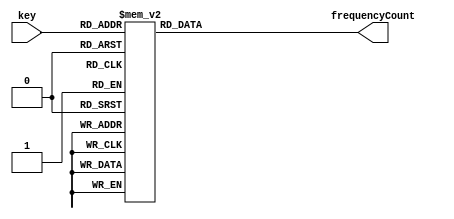
module keyNoteFrequency # (
	parameter CLOCK_FREQUENCY = 50000000
)(
	input [6:0] key,
	output [20:0] frequencyCount
);

	reg [20:0] freqReg;

	always @ (key) begin
		case (key)
			7'd1: begin
				freqReg <= CLOCK_FREQUENCY / 27.5;
			end
			7'd2: begin
				freqReg <= CLOCK_FREQUENCY / 29.1353;
			end
			7'd3: begin	
				freqReg <= CLOCK_FREQUENCY / 30.8677;
			end
			7'd4: begin
				freqReg <= CLOCK_FREQUENCY / 32.7032;
			end
			7'd5: begin
				freqReg <= CLOCK_FREQUENCY / 34.6479;
			end
			7'd6: begin
				freqReg <= CLOCK_FREQUENCY / 36.7081;
			end
			7'd7: begin
				freqReg <= CLOCK_FREQUENCY / 38.8909;
			end
			7'd8: begin
				freqReg <= CLOCK_FREQUENCY / 41.2035;
			end
			7'd9: begin
				freqReg <= CLOCK_FREQUENCY / 43.6536;
			end
			7'd10: begin
				freqReg <= CLOCK_FREQUENCY / 46.2493;
			end
			7'd11: begin
				freqReg <= CLOCK_FREQUENCY / 48.9995;
			end
			7'd12: begin
				freqReg <= CLOCK_FREQUENCY / 51.913;
			end
			7'd13: begin
				freqReg <= CLOCK_FREQUENCY / 55;
			end
			7'd14: begin
				freqReg <= CLOCK_FREQUENCY / 58.2705;
			end
			7'd15: begin
				freqReg <= CLOCK_FREQUENCY / 61.7354;
			end
			7'd16: begin
				freqReg <= CLOCK_FREQUENCY / 65.4064;
			end
			7'd17: begin
				freqReg <= CLOCK_FREQUENCY / 69.2957;
			end
			7'd18: begin
				freqReg <= CLOCK_FREQUENCY / 73.4162;
			end
			7'd19: begin
				freqReg <= CLOCK_FREQUENCY / 77.7817;
			end
			7'd20: begin
				freqReg <= CLOCK_FREQUENCY / 82.4069;
			end
			7'd21: begin
				freqReg <= CLOCK_FREQUENCY / 87.3071;
			end
			7'd22: begin
				freqReg <= CLOCK_FREQUENCY / 92.4986;
			end
			7'd23: begin
				freqReg <= CLOCK_FREQUENCY / 97.9989;
			end
			7'd24: begin
				freqReg <= CLOCK_FREQUENCY / 103.826;
			end
			7'd25: begin
				freqReg <= CLOCK_FREQUENCY / 110;
			end
			7'd26: begin
				freqReg <= CLOCK_FREQUENCY / 116.541;
			end
			7'd27: begin
				freqReg <= CLOCK_FREQUENCY / 123.471;
			end
			7'd28: begin
				freqReg <= CLOCK_FREQUENCY / 130.813;
			end
			7'd29: begin
				freqReg <= CLOCK_FREQUENCY / 138.591;
			end
			7'd30: begin
				freqReg <= CLOCK_FREQUENCY / 146.832;
			end
			7'd31: begin
				freqReg <= CLOCK_FREQUENCY / 155.563;
			end
			7'd32: begin
				freqReg <= CLOCK_FREQUENCY / 164.814;
			end
			7'd33: begin
				freqReg <= CLOCK_FREQUENCY / 174.614;
			end
			7'd34: begin
				freqReg <= CLOCK_FREQUENCY / 184.997;
			end
			7'd35: begin
				freqReg <= CLOCK_FREQUENCY / 195.998;
			end
			7'd36: begin
				freqReg <= CLOCK_FREQUENCY / 207.652;
			end
			7'd37: begin
				freqReg <= CLOCK_FREQUENCY / 220;
			end
			7'd38: begin
				freqReg <= CLOCK_FREQUENCY / 233.082;
			end
			7'd39: begin
				freqReg <= CLOCK_FREQUENCY / 246.942;
			end
			7'd40: begin
				freqReg <= CLOCK_FREQUENCY / 261.626;
			end
			7'd41: begin
				freqReg <= CLOCK_FREQUENCY / 277.183;
			end
			7'd42: begin
				freqReg <= CLOCK_FREQUENCY / 293.665;
			end
			7'd43: begin
				freqReg <= CLOCK_FREQUENCY / 311.127;
			end
			7'd44: begin
				freqReg <= CLOCK_FREQUENCY / 329.628;
			end
			7'd45: begin
				freqReg <= CLOCK_FREQUENCY / 349.228;
			end
			7'd46: begin
				freqReg <= CLOCK_FREQUENCY / 369.994;
			end
			7'd47: begin
				freqReg <= CLOCK_FREQUENCY / 391.995;
			end
			7'd48: begin
				freqReg <= CLOCK_FREQUENCY / 415.305;
			end
			7'd49: begin
				freqReg <= CLOCK_FREQUENCY / 440;
			end
			7'd50: begin
				freqReg <= CLOCK_FREQUENCY / 466.164;
			end
			7'd51: begin
				freqReg <= CLOCK_FREQUENCY / 493.883;
			end
			7'd52: begin
				freqReg <= CLOCK_FREQUENCY / 523.251;
			end
			7'd53: begin
				freqReg <= CLOCK_FREQUENCY / 554.365;
			end
			7'd54: begin
				freqReg <= CLOCK_FREQUENCY / 587.33;
			end
			7'd55: begin
				freqReg <= CLOCK_FREQUENCY / 622.254;
			end
			7'd56: begin
				freqReg <= CLOCK_FREQUENCY / 659.255;
			end
			7'd57: begin
				freqReg <= CLOCK_FREQUENCY / 698.456;
			end
			7'd58: begin
				freqReg <= CLOCK_FREQUENCY / 739.989;
			end
			7'd59: begin
				freqReg <= CLOCK_FREQUENCY / 783.991;
			end
			7'd60: begin
				freqReg <= CLOCK_FREQUENCY / 830.609;
			end
			7'd61: begin
				freqReg <= CLOCK_FREQUENCY / 880;
			end
			7'd62: begin
				freqReg <= CLOCK_FREQUENCY / 932.328;
			end
			7'd63: begin
				freqReg <= CLOCK_FREQUENCY / 987.767;
			end
			7'd64: begin
				freqReg <= CLOCK_FREQUENCY / 1046.5;
			end
			7'd65: begin
				freqReg <= CLOCK_FREQUENCY / 1108.73;
			end
			7'd66: begin
				freqReg <= CLOCK_FREQUENCY / 1174.66;
			end
			7'd67: begin
				freqReg <= CLOCK_FREQUENCY / 1244.51;
			end
			7'd68: begin
				freqReg <= CLOCK_FREQUENCY / 1318.51;
			end
			7'd69: begin
				freqReg <= CLOCK_FREQUENCY / 1396.91;
			end
			7'd70: begin
				freqReg <= CLOCK_FREQUENCY / 1479.98;
			end
			7'd71: begin
				freqReg <= CLOCK_FREQUENCY / 1567.98;
			end
			7'd72: begin
				freqReg <= CLOCK_FREQUENCY / 1661.22;
			end
			7'd73: begin
				freqReg <= CLOCK_FREQUENCY / 1760;
			end
			7'd74: begin
				freqReg <= CLOCK_FREQUENCY / 1864.66;
			end
			7'd75: begin
				freqReg <= CLOCK_FREQUENCY / 1975.53;
			end
			7'd76: begin
				freqReg <= CLOCK_FREQUENCY / 2093;
			end
			7'd77: begin
				freqReg <= CLOCK_FREQUENCY / 2217.46;
			end
			7'd78: begin
				freqReg <= CLOCK_FREQUENCY / 2349.32;
			end
			7'd79: begin
				freqReg <= CLOCK_FREQUENCY / 2489.02;
			end
			7'd80: begin
				freqReg <= CLOCK_FREQUENCY / 2637.02;
			end
			7'd81: begin
				freqReg <= CLOCK_FREQUENCY / 2793.83;
			end
			7'd82: begin
				freqReg <= CLOCK_FREQUENCY / 2959.96;
			end
			7'd83: begin
				freqReg <= CLOCK_FREQUENCY / 3135.96;
			end
			7'd84: begin
				freqReg <= CLOCK_FREQUENCY / 3322.44;
			end
			7'd85: begin
				freqReg <= CLOCK_FREQUENCY / 3520;
			end
			7'd86: begin
				freqReg <= CLOCK_FREQUENCY / 3729.31;
			end
			7'd87: begin
				freqReg <= CLOCK_FREQUENCY / 3951.07;
			end
			7'd88: begin
				freqReg <= CLOCK_FREQUENCY / 4186.01;
			end
			default: begin
				freqReg <= 0;
			end
		endcase
	end
	
	assign frequencyCount = freqReg;

endmodule